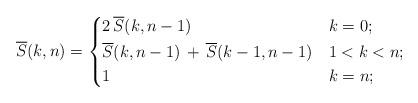
LaTeX: \begin{align*}\overline{S}(k,n) = \begin{dcases} 2 \, \overline{S}(k,n-1) & k = 0; \\\overline{S}(k,n-1) \,+\, \overline{S}(k-1,n-1) & 1 < k < n; \\ 1 \, & k = n; \end{dcases}\end{align*}